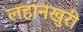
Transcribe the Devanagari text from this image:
लहानखुरी